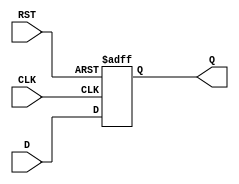
module D_flip_flop (
    input D,
    input CLK,
    input RST,
    output reg Q
);

always @(posedge CLK or posedge RST) begin
    if (RST) begin
        Q <= 1'b0;
    end else begin
        Q <= D;
    end
end

endmodule